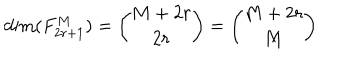
\mathrm { d i m } ( F _ { 2 r + 1 } ^ { M } ) = { \binom { M + 2 r } { 2 r } } = { \binom { M + 2 r } { M } }